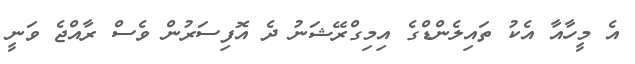
އެ މީހާއާ އެކު ތައިލެންޑްގެ އިމިގްރޭޝަނު ދެ އޮފިސަރުން ވެސް ރާއްޖެ ވަނީ